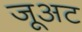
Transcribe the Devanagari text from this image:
जूअट